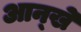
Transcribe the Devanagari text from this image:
आन्खे